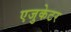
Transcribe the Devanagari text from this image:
एजुकेटर